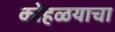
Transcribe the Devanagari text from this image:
कोहळयाचा